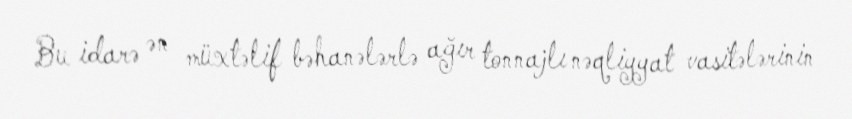
Bu idarə ən müxtəlif bəhanələrlə ağır tonnajlı nəqliyyat vasitələrinin